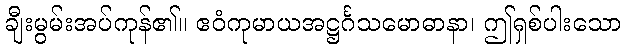
ချီးမွမ်းအပ်ကုန်၏။ ဧဝံကုမာယအဋ္ဌင်္ဂသမောဓာနာ၊ ဤရှစ်ပါးသော